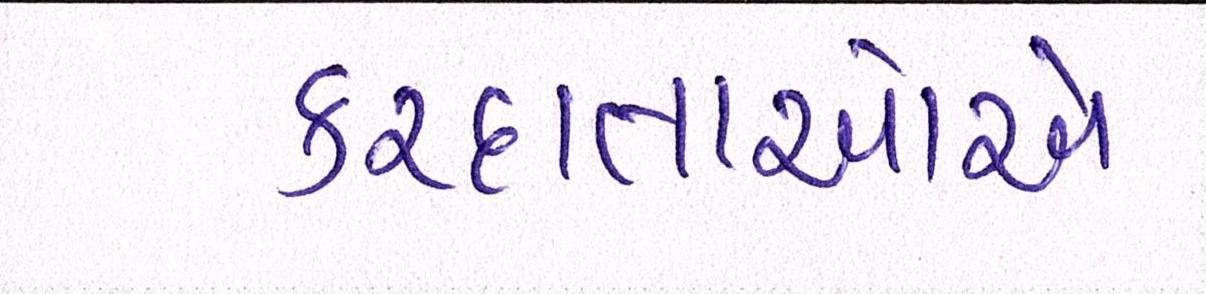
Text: કરદાતાઓએ